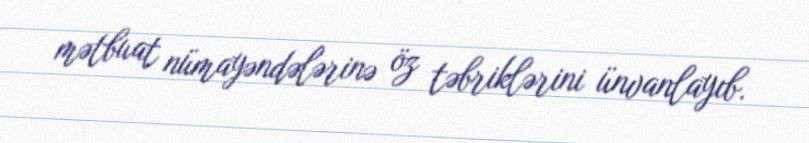
mətbuat nümayəndələrinə öz təbriklərini ünvanlayıb.